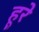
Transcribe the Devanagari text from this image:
हूरे